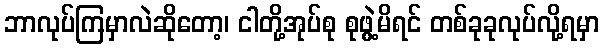
ဘာလုပ်ကြမှာလဲဆိုတော့၊ ငါတို့အုပ်စု စုဖွဲ့မိရင် တစ်ခုခုလုပ်လို့ရမှာ